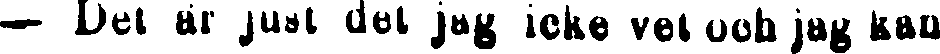
— Det är just del jag icke vet och jag kan